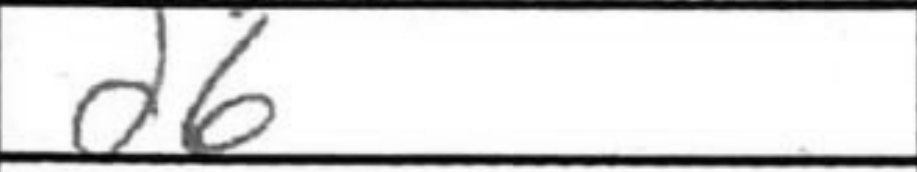
Transcription: d6